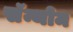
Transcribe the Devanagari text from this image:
सॅन्थोम